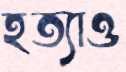
হত্যাও